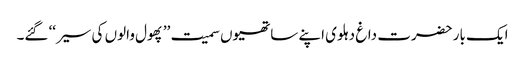
ایک بار حضرت داغ دہلوی اپنے ساتھیوں سمیت ’’پھول والوں کی سیر‘‘ گئے۔